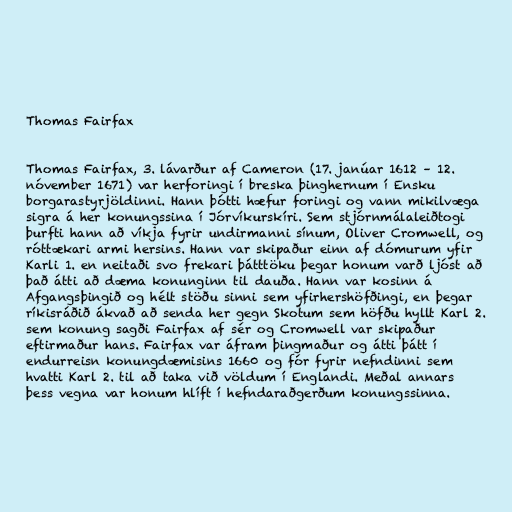
Thomas Fairfax

Thomas Fairfax, 3. lávarður af Cameron (17. janúar 1612 – 12.
nóvember 1671) var herforingi í breska þinghernum í Ensku
borgarastyrjöldinni. Hann þótti hæfur foringi og vann mikilvæga
sigra á her konungssina í Jórvíkurskíri. Sem stjórnmálaleiðtogi
þurfti hann að víkja fyrir undirmanni sínum, Oliver Cromwell, og
róttækari armi hersins. Hann var skipaður einn af dómurum yfir
Karli 1. en neitaði svo frekari þátttöku þegar honum varð ljóst að
það átti að dæma konunginn til dauða. Hann var kosinn á
Afgangsþingið og hélt stöðu sinni sem yfirhershöfðingi, en þegar
ríkisráðið ákvað að senda her gegn Skotum sem höfðu hyllt Karl 2.
sem konung sagði Fairfax af sér og Cromwell var skipaður
eftirmaður hans. Fairfax var áfram þingmaður og átti þátt í
endurreisn konungdæmisins 1660 og fór fyrir nefndinni sem
hvatti Karl 2. til að taka við völdum í Englandi. Meðal annars
þess vegna var honum hlíft í hefndaraðgerðum konungssinna.